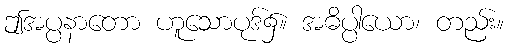
ဤအပ္ပနာတော ဟူသောပုဒ်၌။ အဓိပ္ပါယော၊ တည်း။